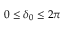
0 \leq \delta _ { 0 } \leq 2 \pi